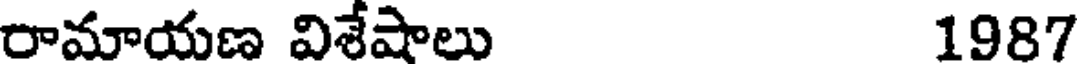
రామాయణ విశేషాలు 1987